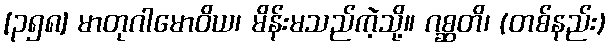
[၃၅၈] မာတုဂါမောဝိယ၊ မိန်းမသည်ကဲ့သို့။ ဂစ္ဆတိ၊ (တစ်နည်း)